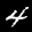
Label: 4